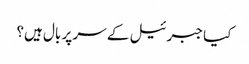
کیا جبرئیل کے سر پر بال ہیں؟